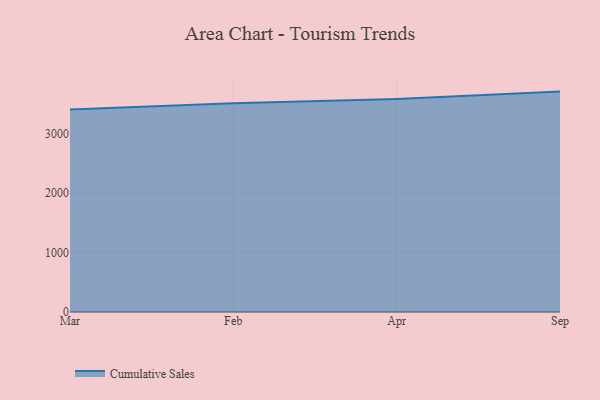
{"axis": {"x": "Month", "y": "Active Users"}, "legend": ["Cumulative Sales"], "data": [{"x": "Mar", "y": 3407.5, "type": "Cumulative Sales"}, {"x": "Feb", "y": 3510.5, "type": "Cumulative Sales"}, {"x": "Apr", "y": 3585.5, "type": "Cumulative Sales"}, {"x": "Sep", "y": 3708.2, "type": "Cumulative Sales"}]}